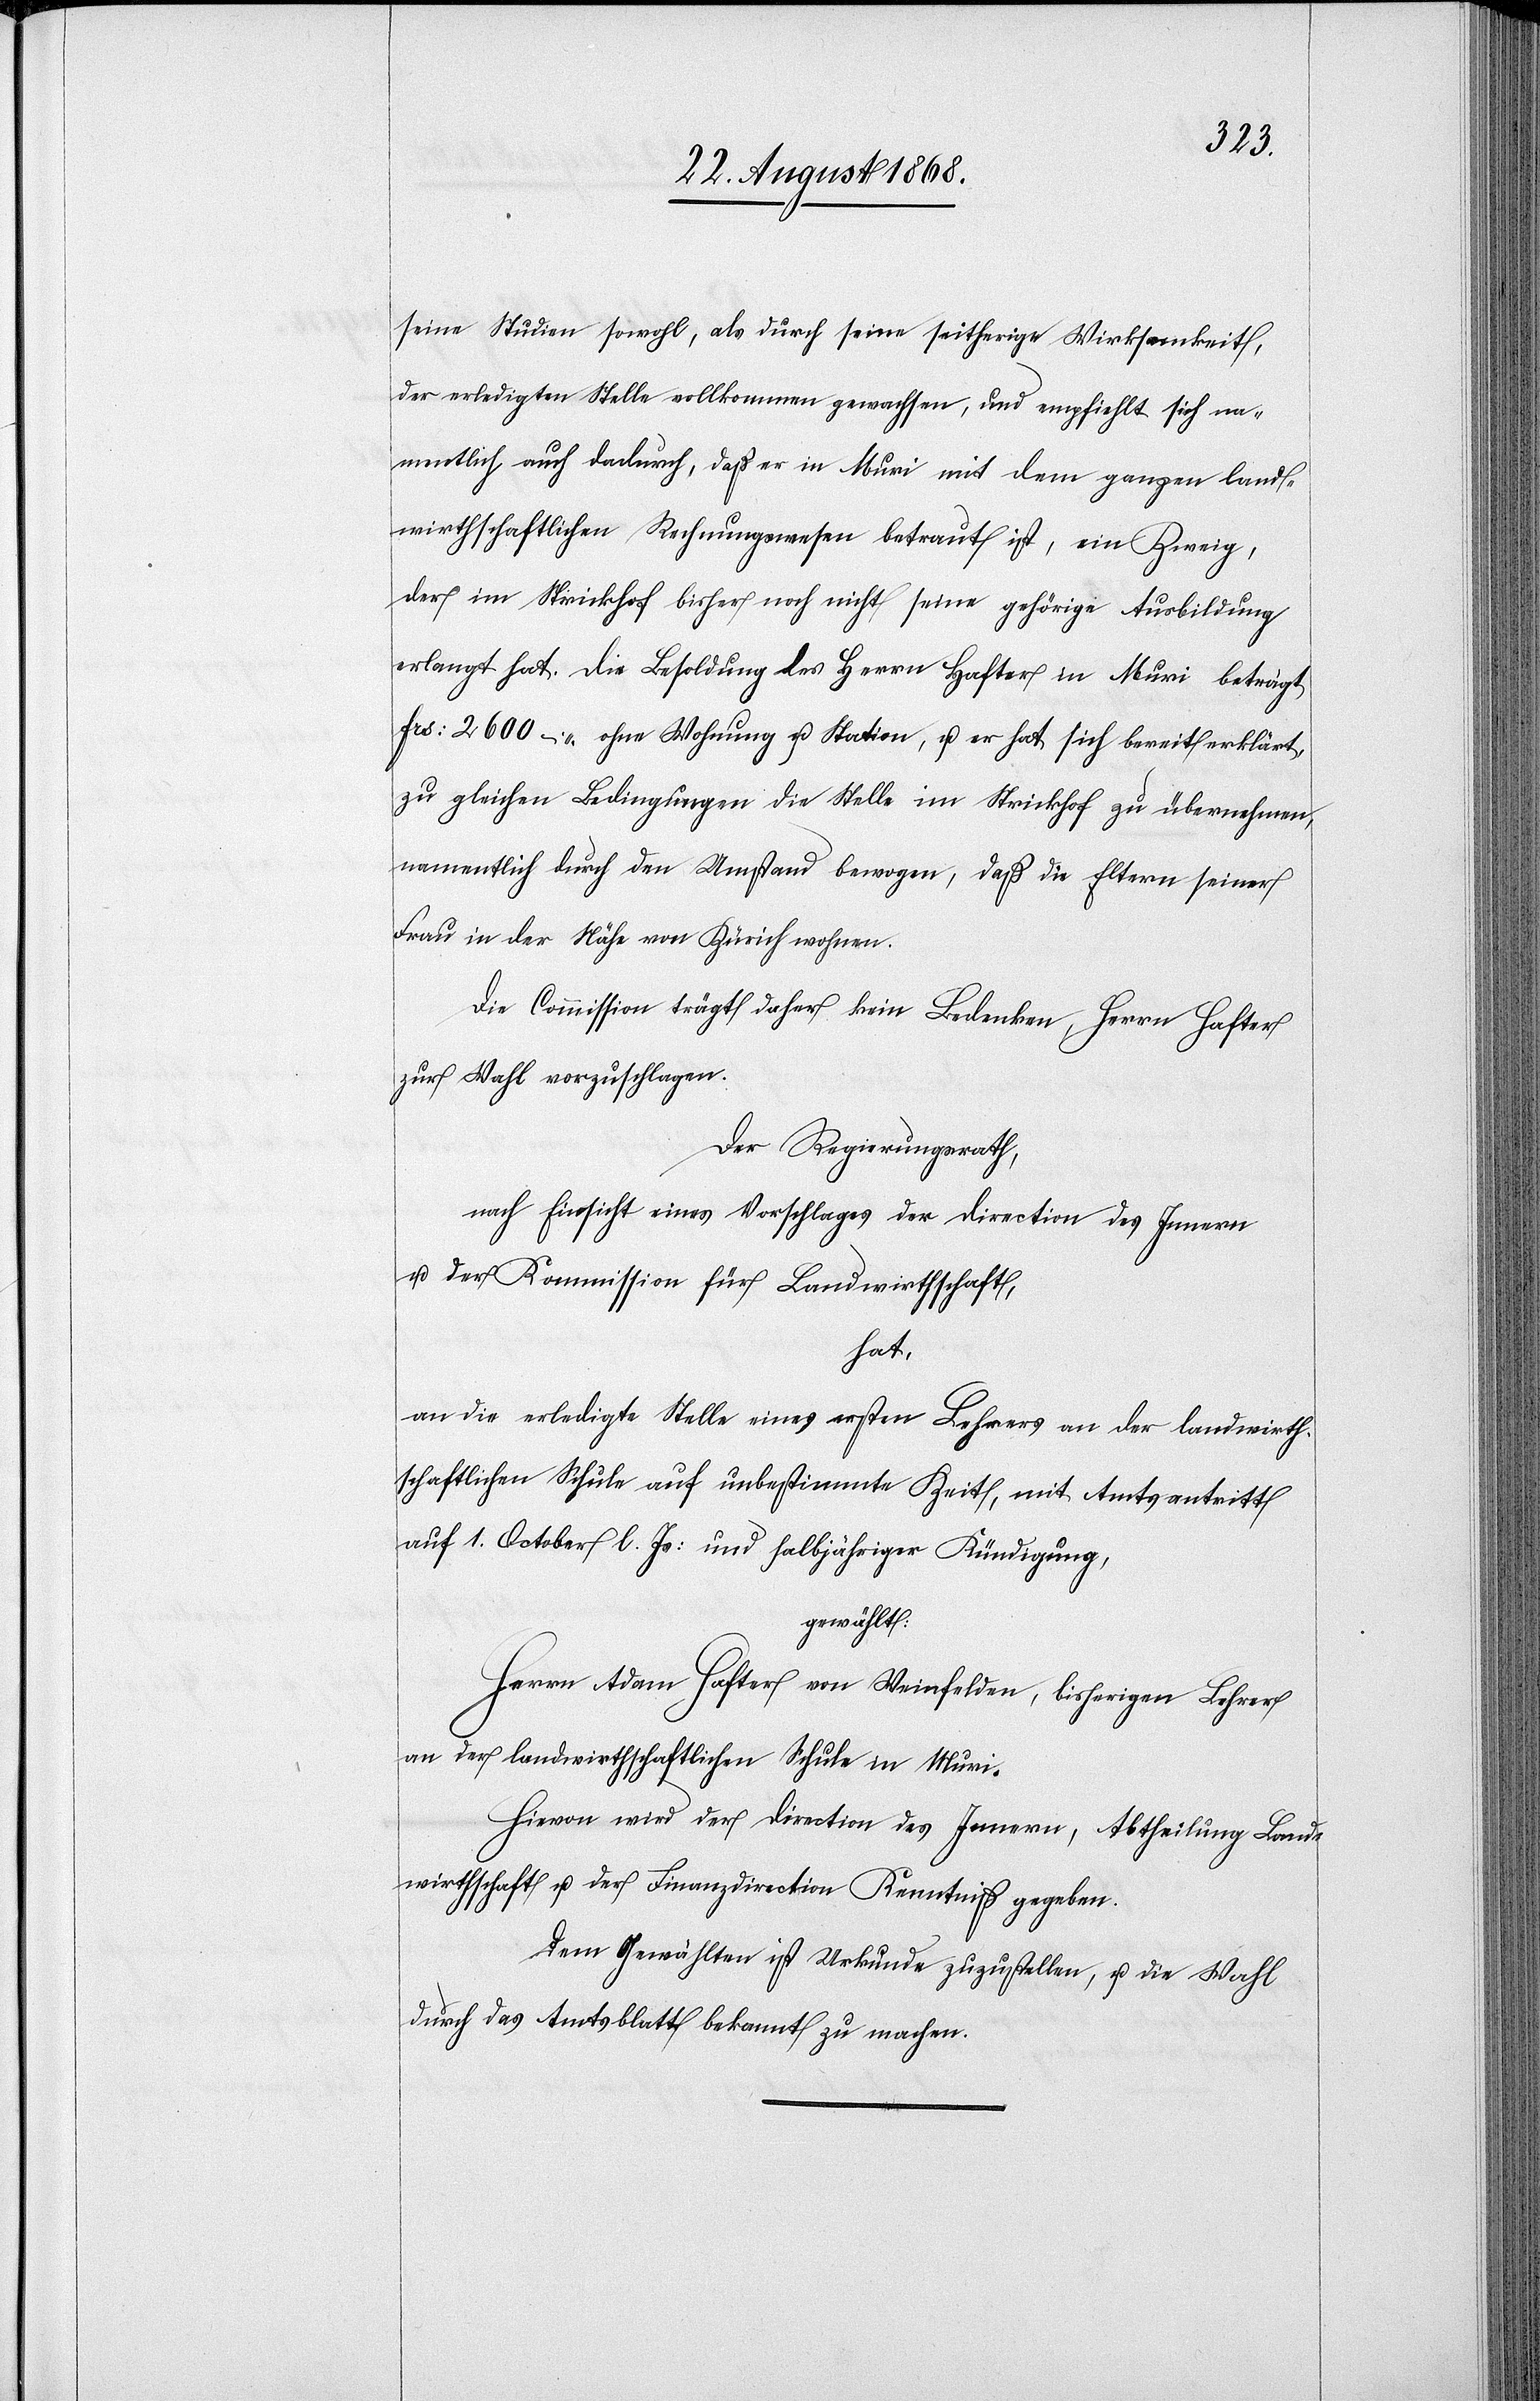
seine Studien sowohl, als durch seine seitherige Wirksamkeit,
der erledigten Stelle vollkommen gewachsen, und empfiehlt sich na¬
mentlich auch dadurch, daß er in Muri mit dem ganzen land¬
wirthschaftlichen Rechnungswesen betraut ist, ein Zweig,
der im Strickhof bisher noch nicht seine gehörige Ausbildung
erlangt hat. Die Besoldung des Herrn Hafter in Muri beträgt
Frs: 2600 – ohne Wohnung u. Station, u. er hat sich bereit erklärt,
zu gleichen Bedingungen die Stelle im Strickhof zu übernehmen,
namentlich durch den Umstand bewogen, daß die Eltern seiner
Frau in der Nähe von Zürich wohnen.
Die Commission trägt daher kein Bedenken, Herrn Hafter
zur Wahl vorzuschlagen.
Der Regierungsrath,
nach Einsicht eines Vorschlages der Direction des Innern
u. der Kommission für Landwirthschaft,
hat,
an die erledigte Stelle eines ersten Lehrers an der landwirth¬
schaftlichen Schule auf unbestimmte Zeit, mit Amtsantritt
auf 1. October l. Js: und halbjähriger Kündigung,
gewählt:
Herrn Adam Hafter von Weinfelden, bisherigen Lehrer
an der landwirthschaftlichen Schule in Muri.
Hievon wird der Direction des Innern, Abtheilung Land¬
wirthschaft u. der Finanzdirection Kenntniß gegeben.
Dem Gewählten ist Urkunde zuzustellen, u. die Wahl
durch das Amtsblatt bekannt zu machen.